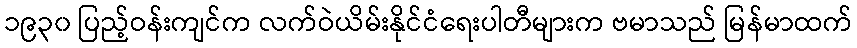
၁၉၃၀ ပြည့်ဝန်းကျင်က လက်ဝဲယိမ်းနိုင်ငံရေးပါတီများက ဗမာသည် မြန်မာထက်